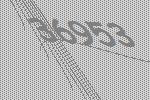
36953